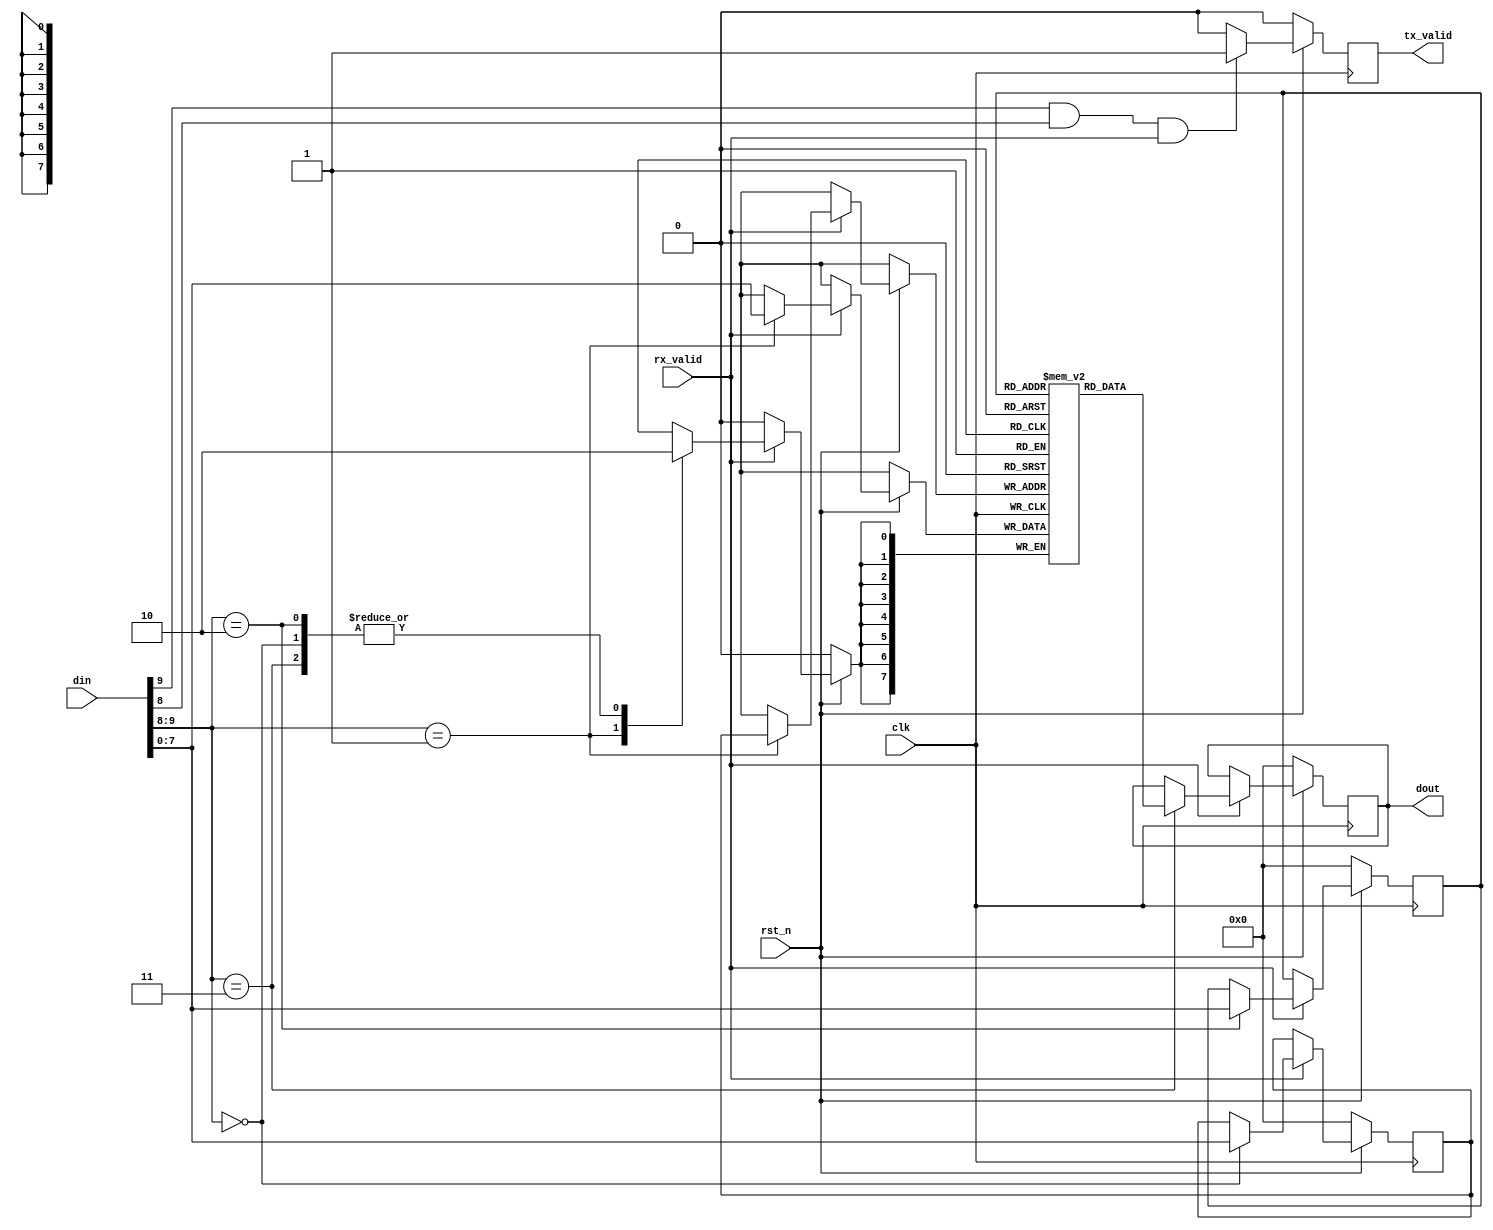
module Single_Port_Async_RAM (din,clk,rst_n,rx_valid,dout,tx_valid);

parameter MEM_DEPTH = 256;
parameter ADDR_SIZE = 8;

input [9:0] din;
input clk, rx_valid, rst_n; //active low synchronous

//Vivado may not be accepting the asynchronous control signals and may not map them directly on the FPGA board as 
//FSM or RAM. If you experience this during implementation, then change the reset to be synchronized with the clock.
//so  used the active low synch rst
output reg [7:0] dout;
output reg tx_valid;

reg [7:0] RAM [MEM_DEPTH - 1 : 0];

// Two Address for write and read respectively
reg [ADDR_SIZE - 1 : 0] Wr_Addr, Rd_Addr;

// read/write-----> address
always @(posedge clk) begin
    if (~rst_n) begin
        dout <= 0;
        tx_valid <= 0;
        Wr_Addr <= 0;
        Rd_Addr <= 0;
    end
    else begin
        //to "Read Data" tx_valid must be -> 1 in order to read data from the SPI slave 
        tx_valid <= (din[9] & din[8] & rx_valid)? 1 : 0;
        //rx_valid -> 1 , the din[7:0] is accepted
        if (rx_valid) begin
            case (din[9:8])
                2'b00 : Wr_Addr <= din[7:0];      // Write Address
                2'b01 : RAM[Wr_Addr] <= din[7:0]; // Write Data
                2'b10 : Rd_Addr <= din[7:0];      // Read Address
                2'b11 : dout <= RAM[Rd_Addr];     // Read Data
            endcase
        end
    end
end
endmodule